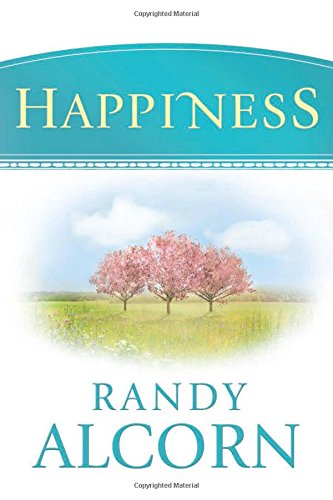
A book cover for Happiness; Randy Alcorn; Christian Books & Bibles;